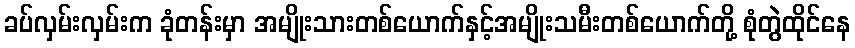
ခပ်လှမ်းလှမ်းက ခုံတန်းမှာ အမျိုးသားတစ်ယောက်နှင့်အမျိုးသမီးတစ်ယောက်တို့ စုံတွဲထိုင်နေ